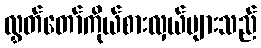
လွှတ်တော်ကိုယ်စားလှယ်များသည်